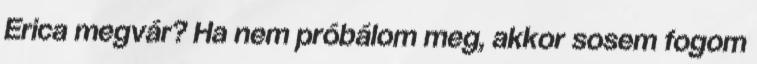
Erica megvár? Ha nem próbálom meg, akkor sosem fogom